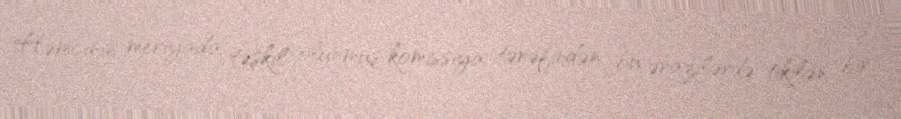
Həmçinin meriyada təşkil olunmuş komissiya tərəfindən bu ərazilərdə tikilən bir